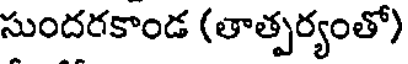
సుందరకాండ (తాత్పర్యంతో)